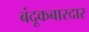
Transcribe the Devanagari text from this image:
बंदूकबारदार